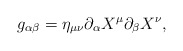
\begin{align*}g_{\alpha\beta} = \eta_{\mu\nu} \partial_{\alpha} X^{\mu}\partial_{\beta} X^{\nu},\end{align*}